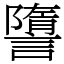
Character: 䜐